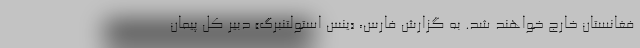
فغانستان خارج خواهند شد. به گزارش فارس، «ینس استولتنبرگ» دبیر کل پیمان